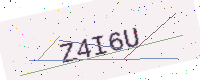
Text: Z4I6U